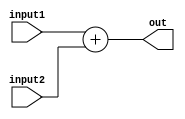
module adder(input1, input2, out);

       input  [63:0]input1;
       input  [63:0]input2;
       output [63:0]out;


    assign out = input1 + input2; 


endmodule